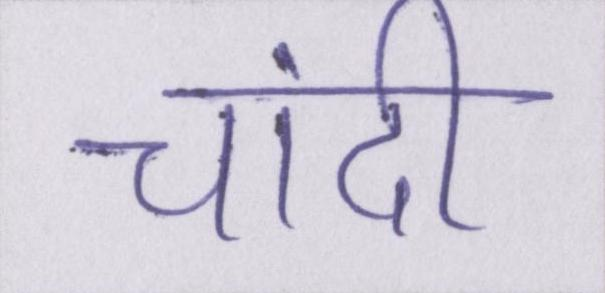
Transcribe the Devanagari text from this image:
चांदी